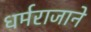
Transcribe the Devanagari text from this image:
धर्मराजाने